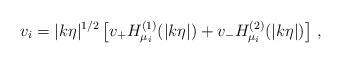
LaTeX: \begin{align*}v_i = |k\eta|^{1/2} \left[ v_+ H_{\mu_i}^{(1)}(|k\eta|) + v_- H_{\mu_i}^{(2)}(|k\eta|) \right] \, ,\end{align*}